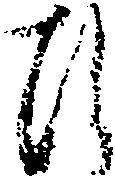
ひ